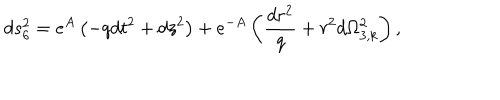
LaTeX: d s _ { 6 } ^ { 2 } = e ^ { A } \left( - q d t ^ { 2 } + d z ^ { 2 } \right) + e ^ { - A } \left( \frac { d r ^ { 2 } } { q } + r ^ { 2 } d \Omega _ { 3 , k } ^ { 2 } \right) ,